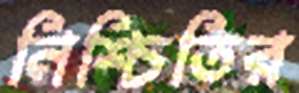
নিশ্চিতির